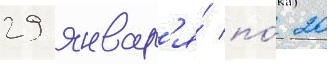
29 январ'я́ по́ 20